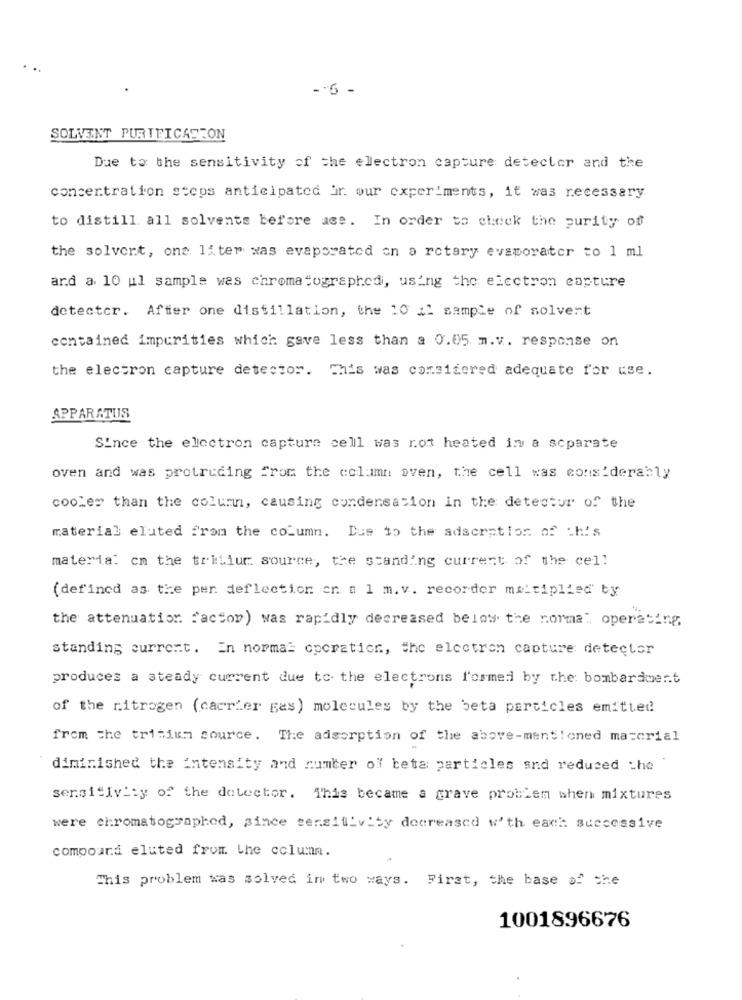
-- 6 -
SOLVENT PURIFICASFON
Due to the sensitivity of the electron capture detector and the
concentration steps anticipated ir. our experiments, it was recessary.
to distill all solvents before ace. In order to check the purity off
the solvent, one liter was evaporated on a rotary evaporator to 1 ml
ard a 10 ul sample was chromatographed, using the electron capture
detector. After one distillation, the 10 al sample of solvert
contained impurities which gave less than a 0.05 m.v. response on
the electron capture detector. This was considered adequate for use.
APPARATUS
Since the electron capture cell was rot heated in a separate
oven and was protruding from the column oven, the cell was considerably
cooler than the column, causing condensation in the detestur of the
material eluted from the column. Due to the adsorption of this
materia: cm the tritiur source, the standing current of the cell
(defined as the per deflection er a 1 m. v. recorder maitiplied by
the attenuation factor) was rapidly decreased below the normal operating
standing current. En normal operation, the electron capture detector
produces a steady current due to the electrons l'ormed by the: bombardment
of the ritrogen (carrier gas) molecules by the beta particles emitted
from the tritium source. The adsorption of the above-mentioned material
diminished the intensity and cumter of beta particles and reduced the
sensitivity of the detector. This became a grave problem shen mixtures
were chromatographed, since sensitivity decreased w'th each successive
compound eluted from the column.
This problem was solved in two ways. First, the base of the
1001896676